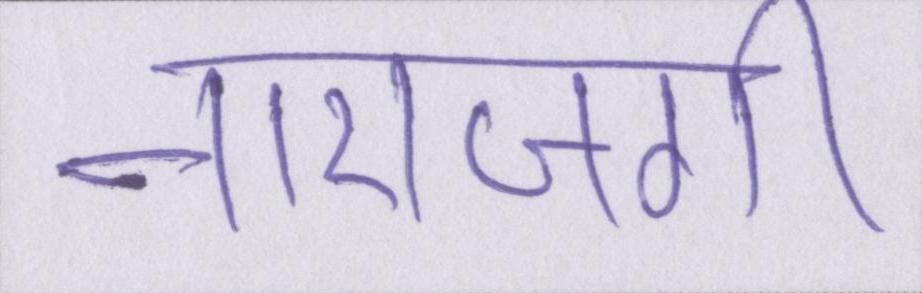
नाराजगी